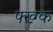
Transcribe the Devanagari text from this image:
फ्ख्ग्क